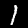
Digit: 1